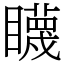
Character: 䁾